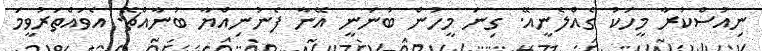
ނިއުސްކުރާ މީހަކު ގެއްލެނީއޭ. ގިނަ މީހުން ބުނަނީ އޭނާ ފެނުނިއްޔާ ބުނާއްޗޭ. އެވައްތަރުވީމަ